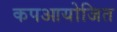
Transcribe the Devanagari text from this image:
कपआयोजित